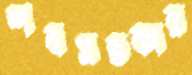
শবসতকার